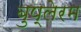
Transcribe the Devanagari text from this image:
बुप्लेरम